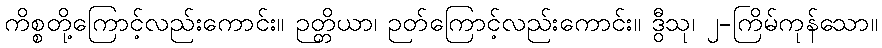
ကိစ္စတို့ကြောင့်လည်းကောင်း။ ဉတ္တိယာ၊ ဉတ်ကြောင့်လည်းကောင်း။ ဒွီသု၊ ၂-ကြိမ်ကုန်သော။